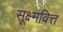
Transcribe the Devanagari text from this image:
सूक्ष्मवित्त